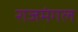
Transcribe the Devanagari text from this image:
राजमंगल